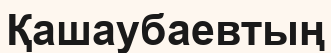
Қашаубаевтың